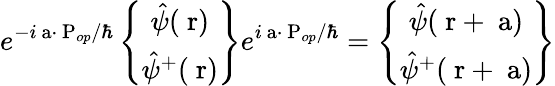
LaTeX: e^{-i\mathrm{\mathbf~a}\cdot\mathrm{\mathbf~P}_{op}/\hbar}\left\{ \begin{array}{c}{\hat{\psi}(\mathrm{\mathbf~r})}\\ {\hat{\psi}^{+}(\mathrm{\mathbf~r})}\end{array}\right\} e^{i\mathrm{\mathbf~a}\cdot\mathrm{\mathbf~P}_{op}/\hbar}=\left\{ \begin{array}{c}{\hat{\psi}(\mathrm{\mathbf~r}+\mathrm{\mathbf~a})}\\ {\hat{\psi}^{+}(\mathrm{\mathbf~r}+\mathrm{\mathbf~a})}\end{array}\right\}